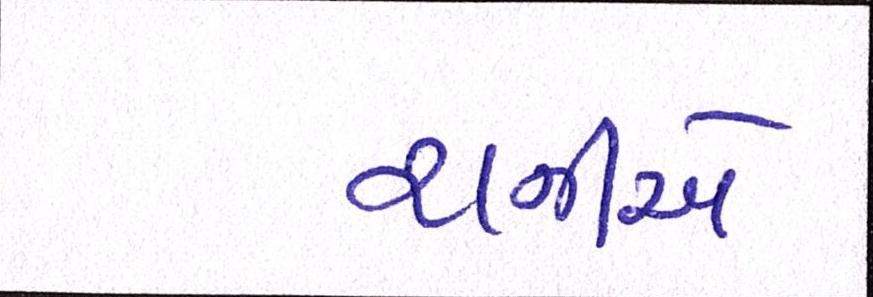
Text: રાનીએ